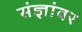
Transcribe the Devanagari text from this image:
संज्ञांवर